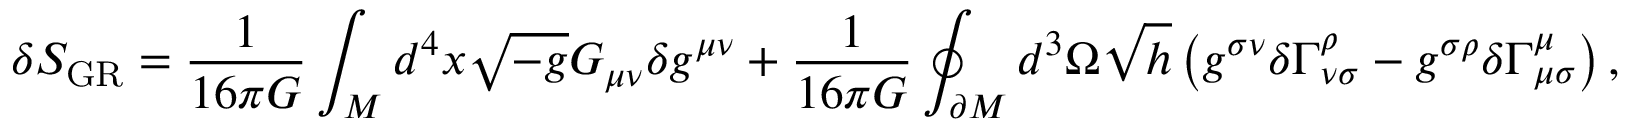
\delta S _ { \mathrm { G R } } = \frac { 1 } { 1 6 \pi G } \int _ { M } d ^ { 4 } x \sqrt { - g } G _ { \mu \nu } \delta g ^ { \mu \nu } + \frac { 1 } { 1 6 \pi G } \oint _ { \partial M } d ^ { 3 } \Omega \sqrt { h } \left( g ^ { \sigma \nu } \delta \Gamma _ { \nu \sigma } ^ { \rho } - g ^ { \sigma \rho } \delta \Gamma _ { \mu \sigma } ^ { \mu } \right) ,